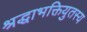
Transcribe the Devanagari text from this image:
श्रद्धाभक्तियुतस्य